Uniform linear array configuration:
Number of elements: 8
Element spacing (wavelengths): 0.5
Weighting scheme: uniform
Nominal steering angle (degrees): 15
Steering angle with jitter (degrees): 13.035
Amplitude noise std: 0.05
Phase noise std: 0.05

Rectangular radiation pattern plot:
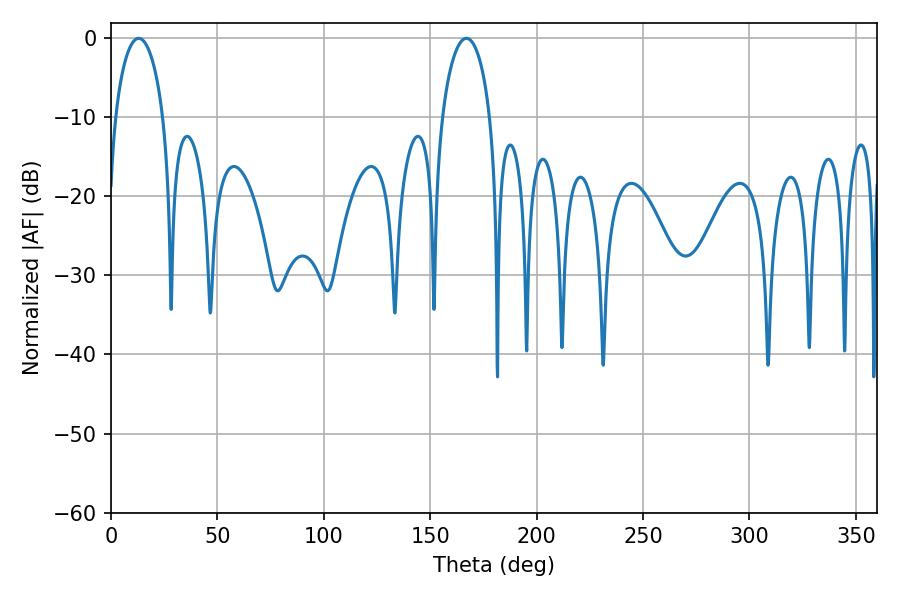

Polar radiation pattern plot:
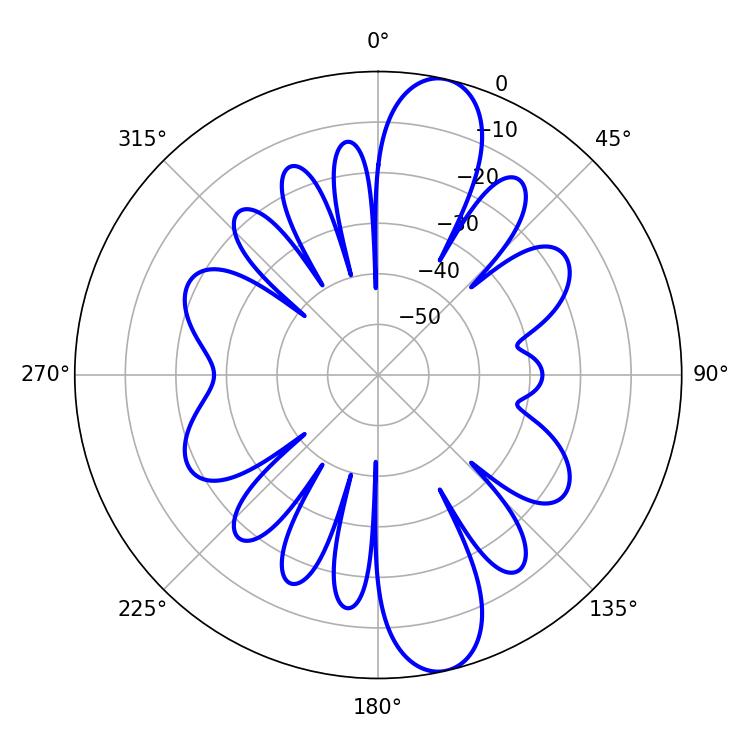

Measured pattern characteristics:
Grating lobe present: FALSE
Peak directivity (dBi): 12.591
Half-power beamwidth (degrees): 12.96
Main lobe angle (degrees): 12.96